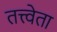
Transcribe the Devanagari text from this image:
तत्त्वेता